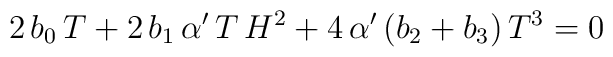
2\,b_0\,T+2\,b_1\,\alpha'\,T\,H^2+4\,\alpha'\,(b_2+b_3)\,T^3 = 0